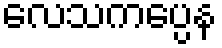
လေသကပ္ပေန